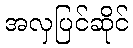
အလှပြင်ဆိုင်